Indian journal of veterinary science and animal husbandry - Volumes 22-23, 1952-1953
Year: 1952
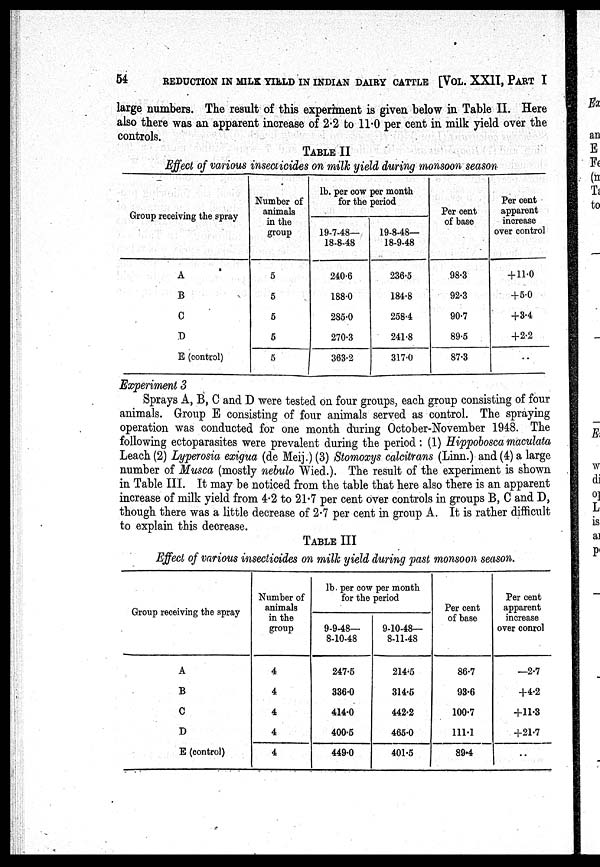
54
REDUCTION IN MILK YIELD IN INDIAN DAIRY CATTLE [VOL. XXII, PART I
large numbers. The result of this experiment is given below in Table II. Here
also there was an apparent increase of 2.2 to 11.0 per cent in milk yield over the
controls.
TABLE II
Effect
of
various insecticides on milk yield during monsoon season
Group receiving the spray
A
B
C
D
E (control)
Number of
animals
in the
group
5
5
5
5
5
lb. per cow per month
for the period
19-7-48—
18-8-48
240.6
188.0
285.0
270.3
363.2
19-8-48—
18-9-48
236.5
184.8
258.4
241.8
317.0
Per cent
of base
98.3
92.3
90.7
89.5
87.3
Per cent
apparent
increase
over control
+11.0
+5.0
+3.4
+2.2
Experiment 3
Sprays A, B, C and D were tested on four groups, each group consisting of four
animals. Group E consisting of four animals served as control. The spraying
operation was conducted for one month during October-November 1948. The
following ectoparasites were prevalent during the period: (1) Hippobosca maculata
Leach (2) Lyperosia exigua (de Meij.) (3) Stomoxys calcitrans (Linn.) and (4) a large
number of Musca (mostly nebulo Wied.). The result of the experiment is shown
in Table III. It may be noticed from the table that here also there is an apparent
increase of milk yield from 4.2 to 21.7 per cent over controls in groups B, C and D,
though there was a little decrease of 2.7 per cent in group A. It is rather difficult
to explain this decrease.
TABLE III
Effect of various insecticides on milk yield during past monsoon season.
Group receiving the spray
A
B
C
D
E (control)
Number of
animals
in the
group
4
4
4
4
4
lb. per cow per month
for the period
9-9-48—
8-10-48
247.5
336.0
414.0
400.5
449.0
9-10-48—
8-11-48
214.5
314.5
442.2
465.0
401.5
Per cent
of base
86.7
93.6
100.7
111.1
89.4
Per cent
apparent
increase
over conrol
—2.7
+4.2
+11.3
+21.7
..